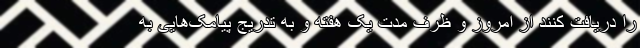
را دریافت کنند از امروز و ظرف مدت یک هفته و به تدریج پیامک‌هایی به